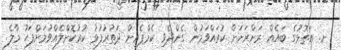
ށ. އަތޮޅުގެ ބައެއް ރަށްރަށަށް ކުރައްވަމުން ގެންދެވި ކެމްޕެއިން ދަތުރުފުޅު ކުރުކޮށްލެއްވުމަށްފަހު މާލެ